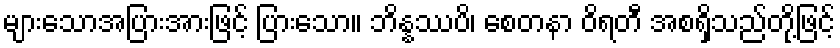
များသောအပြားအားဖြင့် ပြားသော။ ဘိန္နဿပိ၊ စေတနာ ဝိရတီ အစရှိသည်တို့ဖြင့်